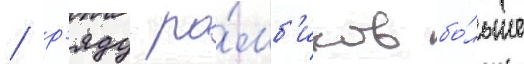
/ р'яду ро́мб'иков бо́льше